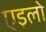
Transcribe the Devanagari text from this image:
एइलो